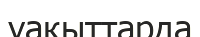
уақыттарда